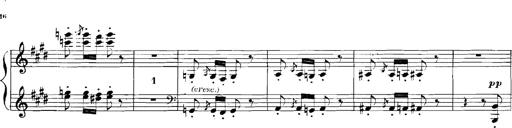
Title: Rhapsodies hongroises
Composer: Franz Liszt